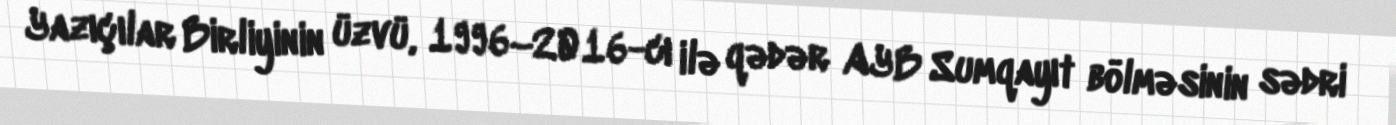
Yazıçılar Birliyinin üzvü, 1996–2016-cı ilə qədər AYB Sumqayıt bölməsinin sədri